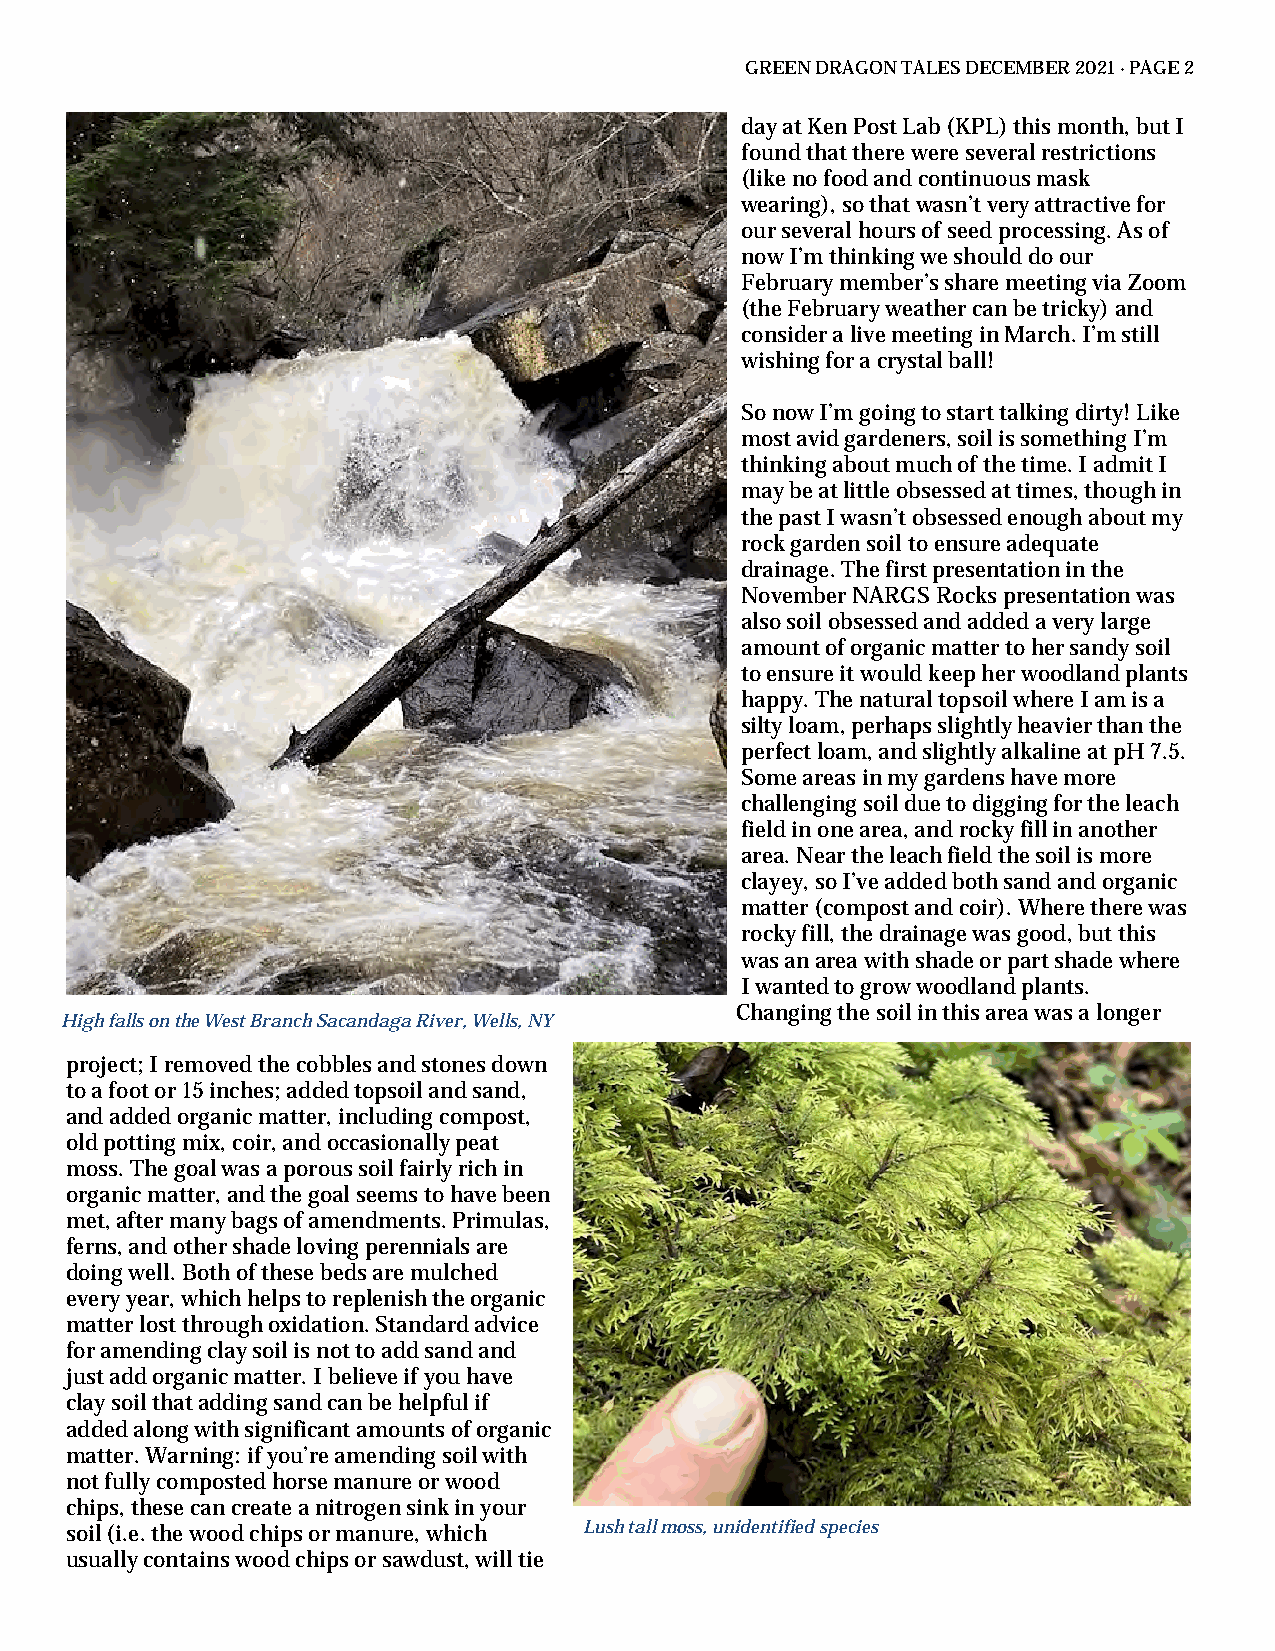
GREEN DRAGON TALES DECEMBER 2021 · PAGE 2
 day at Ken Post Lab (KPL) this month, but I
 found that there were several restrictions
 (like no food and continuous mask
 wearing), so that wasn’t very attractive for
 our several hours of seed processing. As of
 now I’m thinking we should do our
 February member’s share meeting via Zoom
 (the February weather can be tricky) and
 consider a live meeting in March. I’m still
 wishing for a crystal ball!
 So now I’m going to start talking dirty! Like
 most avid gardeners, soil is something I’m
 thinking about much of the time. I admit I
 may be at little obsessed at times, though in
 the past I wasn’t obsessed enough about my
 rock garden soil to ensure adequate
 drainage. The first presentation in the
 November NARGS Rocks presentation was
 also soil obsessed and added a very large
 amount of organic matter to her sandy soil
 to ensure it would keep her woodland plants
 happy. The natural topsoil where I am is a
 silty loam, perhaps slightly heavier than the
 perfect loam, and slightly alkaline at pH 7.5.
 Some areas in my gardens have more
 challenging soil due to digging for the leach
 field in one area, and rocky fill in another
 area. Near the leach field the soil is more
 clayey, so I’ve added both sand and organic
 matter (compost and coir). Where there was
 rocky fill, the drainage was good, but this
 was an area with shade or part shade where
 I wanted to grow woodland plants.
 Changing the soil in this area was a longer
 High falls on the West Branch Sacandaga River, Wells, NY
 project; I removed the cobbles and stones down
 to a foot or 15 inches; added topsoil and sand,
 and added organic matter, including compost,
 old potting mix, coir, and occasionally peat
 moss. The goal was a porous soil fairly rich in
 organic matter, and the goal seems to have been
 met, after many bags of amendments. Primulas,
 ferns, and other shade loving perennials are
 doing well. Both of these beds are mulched
 every year, which helps to replenish the organic
 matter lost through oxidation. Standard advice
 for amending clay soil is not to add sand and
 just add organic matter. I believe if you have
 clay soil that adding sand can be helpful if
 added along with significant amounts of organic
 matter. Warning: if you’re amending soil with
 not fully composted horse manure or wood
 chips, these can create a nitrogen sink in your
 soil (i.e. the wood chips or manure, which Lush tall moss, unidentified species
 usually contains wood chips or sawdust, will tie